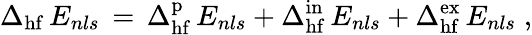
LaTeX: \Delta_{\mathrm{hf}}\, E_{nls}\, =\, \Delta_{\mathrm{hf}}^{\mathrm{p}}\, E_{nls}+\Delta_{\mathrm{hf}}^{\mathrm{in}}\, E_{nls}+\Delta_{\mathrm{hf}}^{\mathrm{ex}}\, E_{nls}\; ,